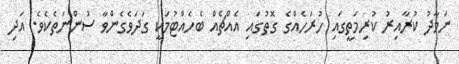
ނަމާދު ކުރާއިރު ކުރިމަތީގައި ހުރަހެއްގެ ގޮތުގައި އެއްޗެއް ބެހެއްޓުމަކީ ގަދަވެގެންވާ ސުންނަތެކެވެ. އަދި